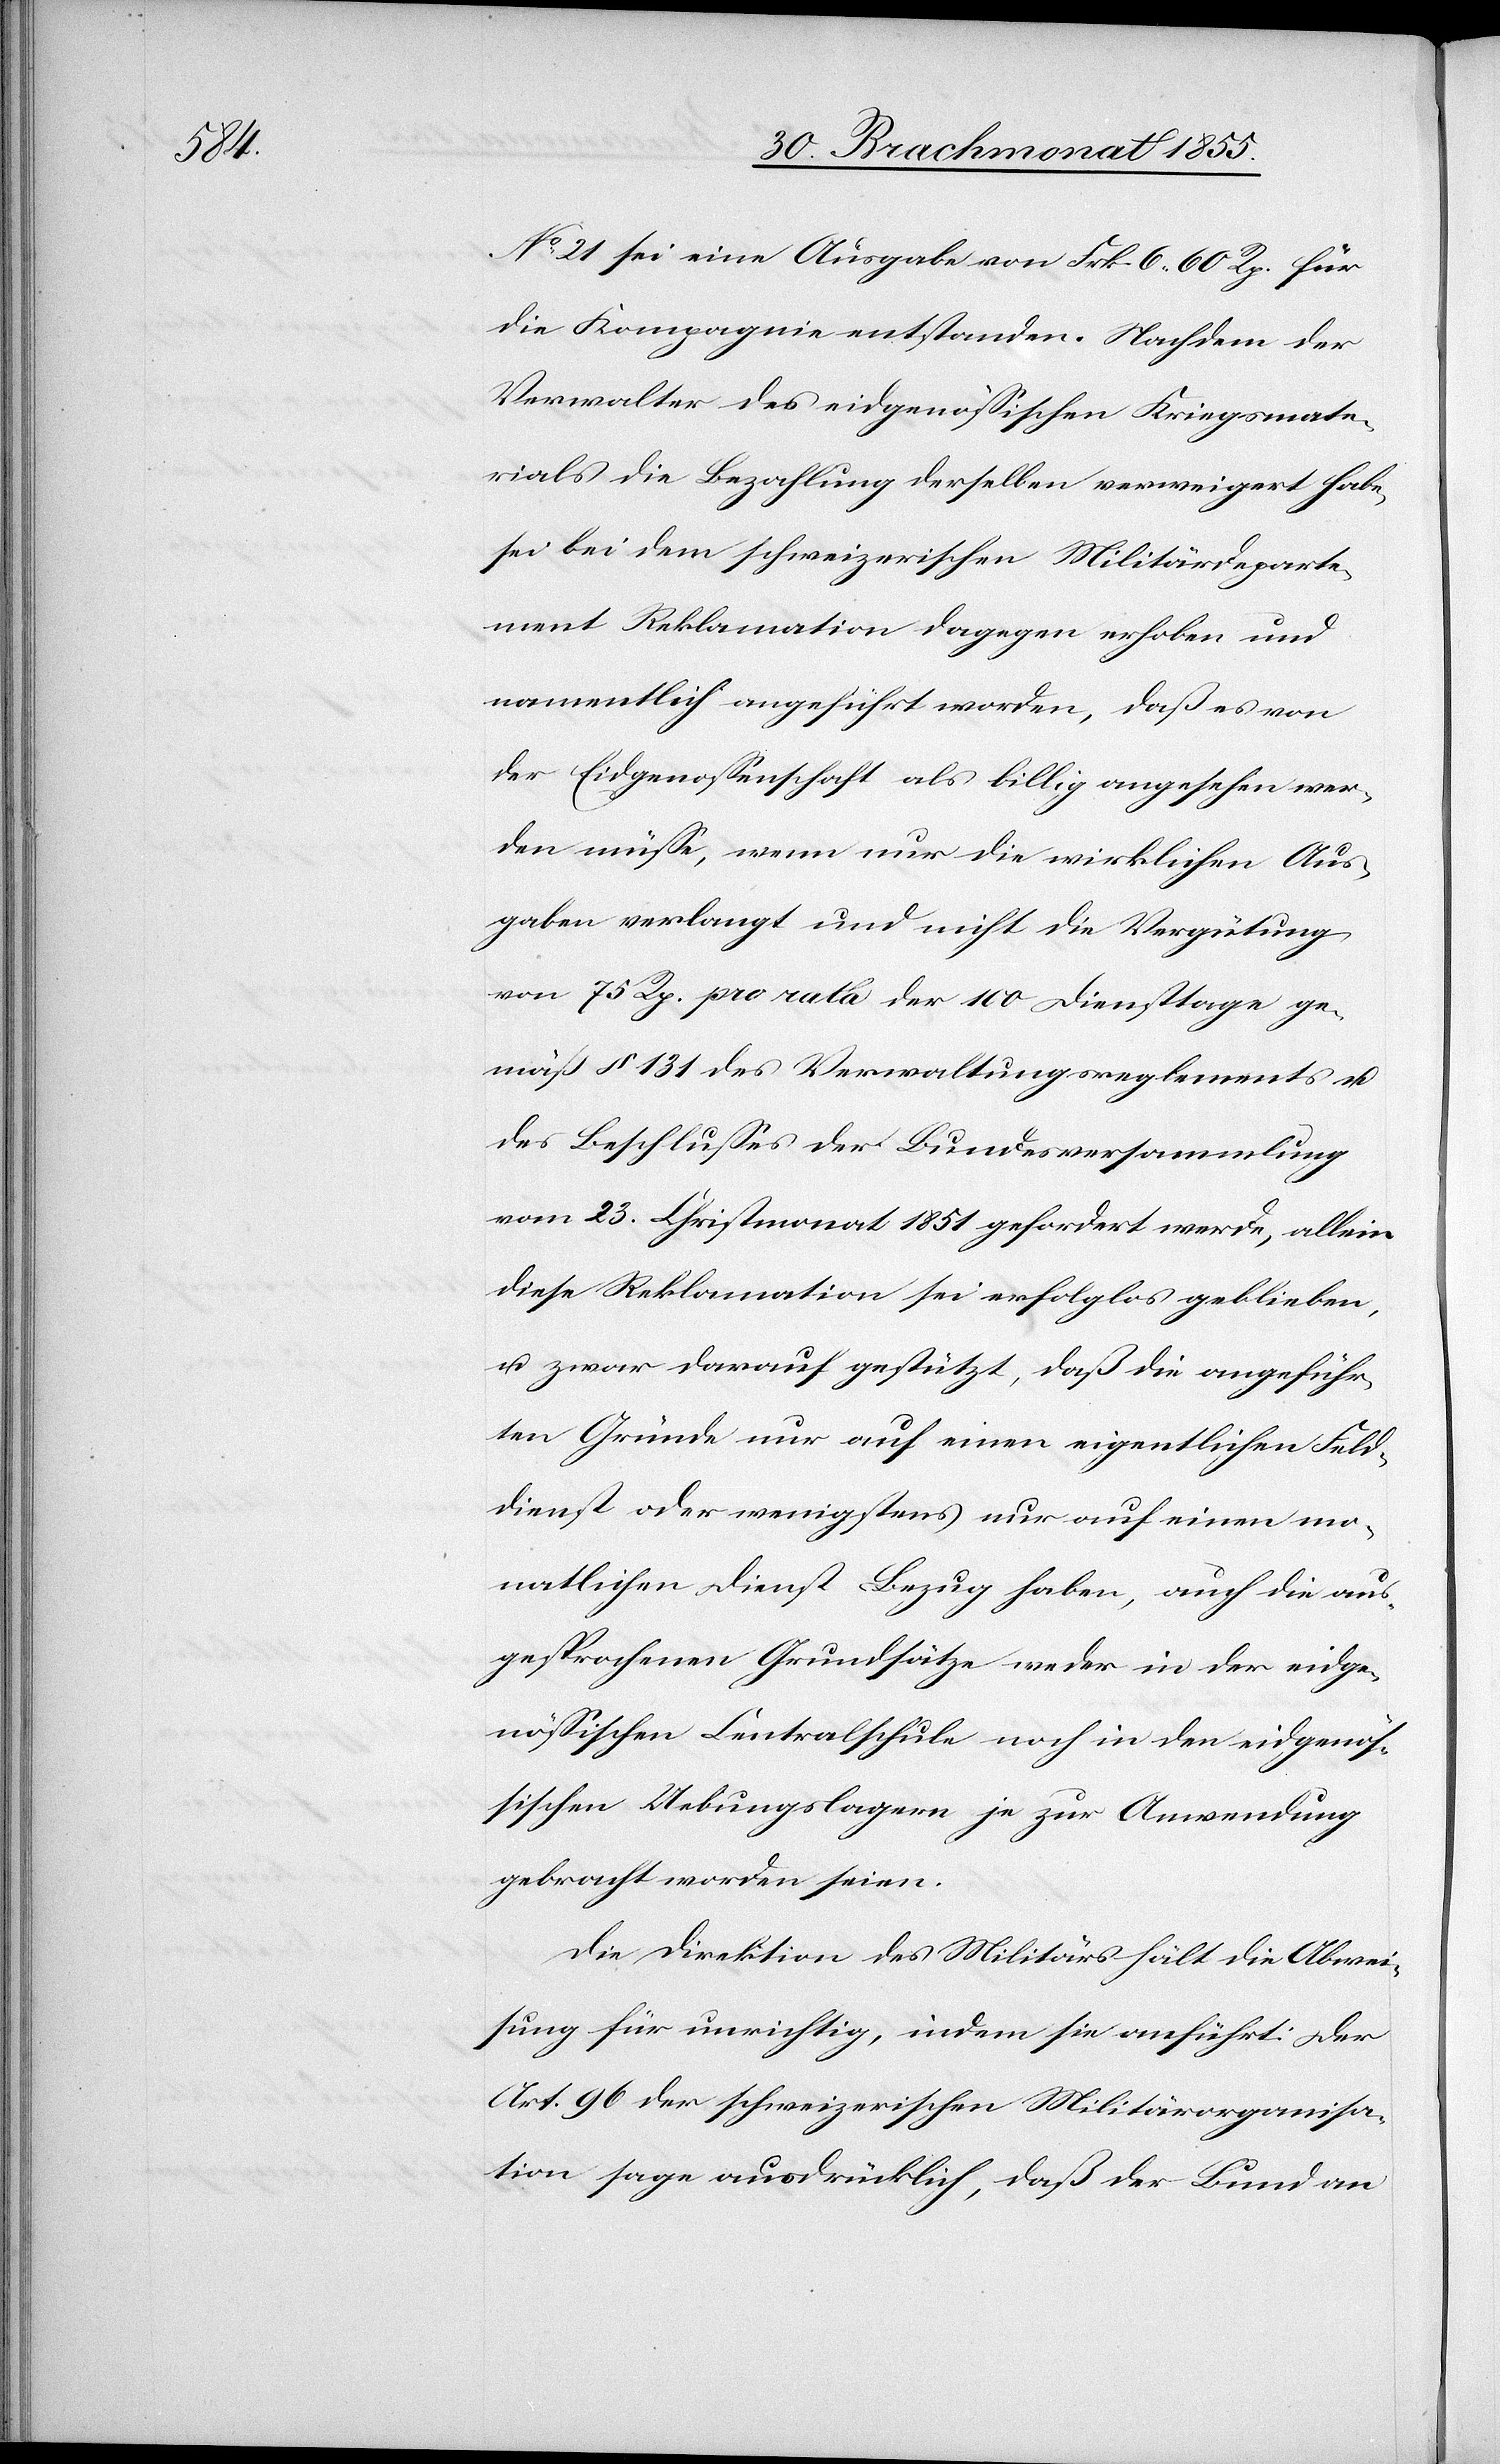
No 21 sei eine Ausgabe von Frk. 6. 60 Rp. für
die Kompagnie entstanden. Nachdem der
Verwalter des eidgenössischen Kriegsmate¬
rials die Bezahlung derselben verweigert habe,
sei bei dem schweizerischen Militärdeparte¬
ment Reklamation dagegen erhoben und
namentlich angeführt worden, daß es von
der Eidgenossenschaft als billig angesehen wer¬
den müsse, wenn nur die wirklichen Aus¬
gaben verlangt und nicht die Vergütung
von 75 Rp. pro rata der 100 Diensttage ge¬
mäß § 131 des Verwaltungsreglements u.
des Beschlusses der Bundesversammlung
vom 23. Christmonat 1851 gefordert werde, allein
diese Reklamation sei erfolglos geblieben,
u. zwar darauf gestützt, daß die angeführ¬
ten Gründe nur auf einen eigentlichen Feld¬
dienst oder wenigstens nur auf einen mo¬
natlichen Dienst Bezug haben, auch die aus¬
gesprochenen Grundsätze weder in der eidge¬
nössischen Centralschule noch in den eidgenös¬
sischen Uebungslagern je zur Anwendung
gebracht worden seien.
Die Direktion des Militärs hält die Abwei¬
sung für unrichtig, indem sie anführt: Der
Art. 96 der schweizerischen Militärorganisa¬
tion sage ausdrücklich, daß der Bund an